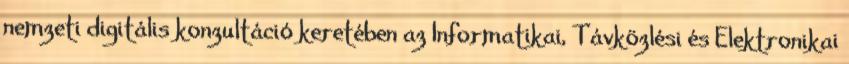
nemzeti digitális konzultáció keretében az Informatikai, Távközlési és Elektronikai